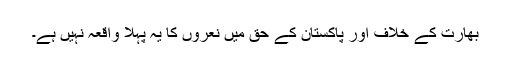
بھارت کے خلاف اور پاکستان کے حق میں نعروں کا یہ پہلا واقعہ نہیں ہے۔